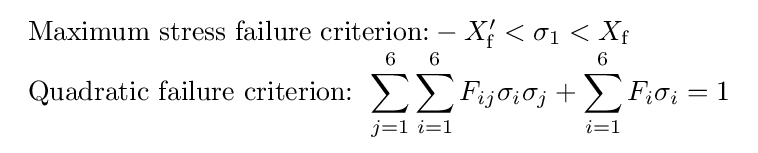
{\begin{array}{lcl}{\text{Maximum stress failure criterion:}}-X_{\mathrm {f} }^{\prime }<\sigma _{1}<X_{\mathrm {f} }\\{\text{Quadratic failure criterion: }}\displaystyle \sum _{j=1}^{6}\displaystyle \sum _{i=1}^{6}F_{ij}\sigma _{i}\sigma _{j}+\displaystyle \sum _{i=1}^{6}F_{i}\sigma _{i}=1\end{array}}